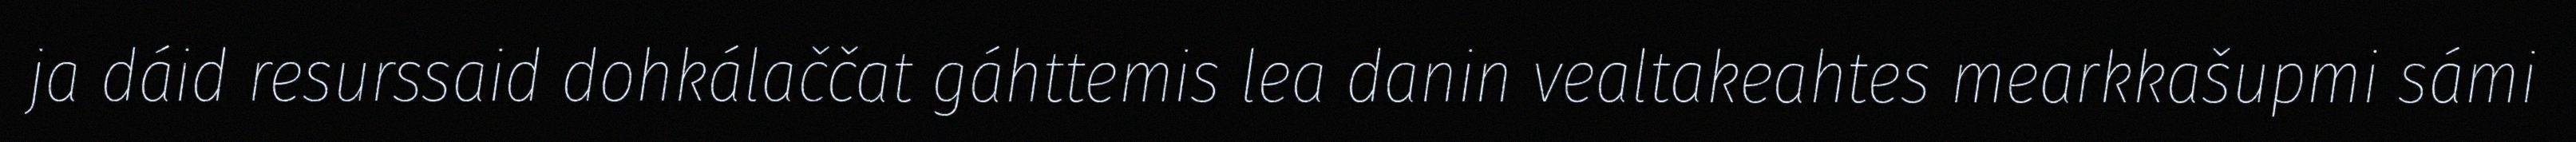
ja dáid resurssaid dohkálaččat gáhttemis lea danin vealtakeahtes mearkkašupmi sámi